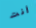
أنت